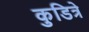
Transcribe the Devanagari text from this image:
कुडित्रे